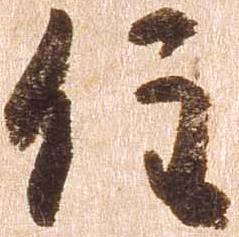
任